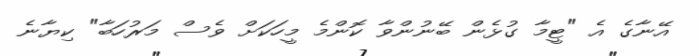
އޭނާގެ އެ "ޓީމާ ގުޅެން ބޭނުންވާ ކޮންމެ މީހަކަށް ވެސް މަރުހަބާ" ކިޔާނެ